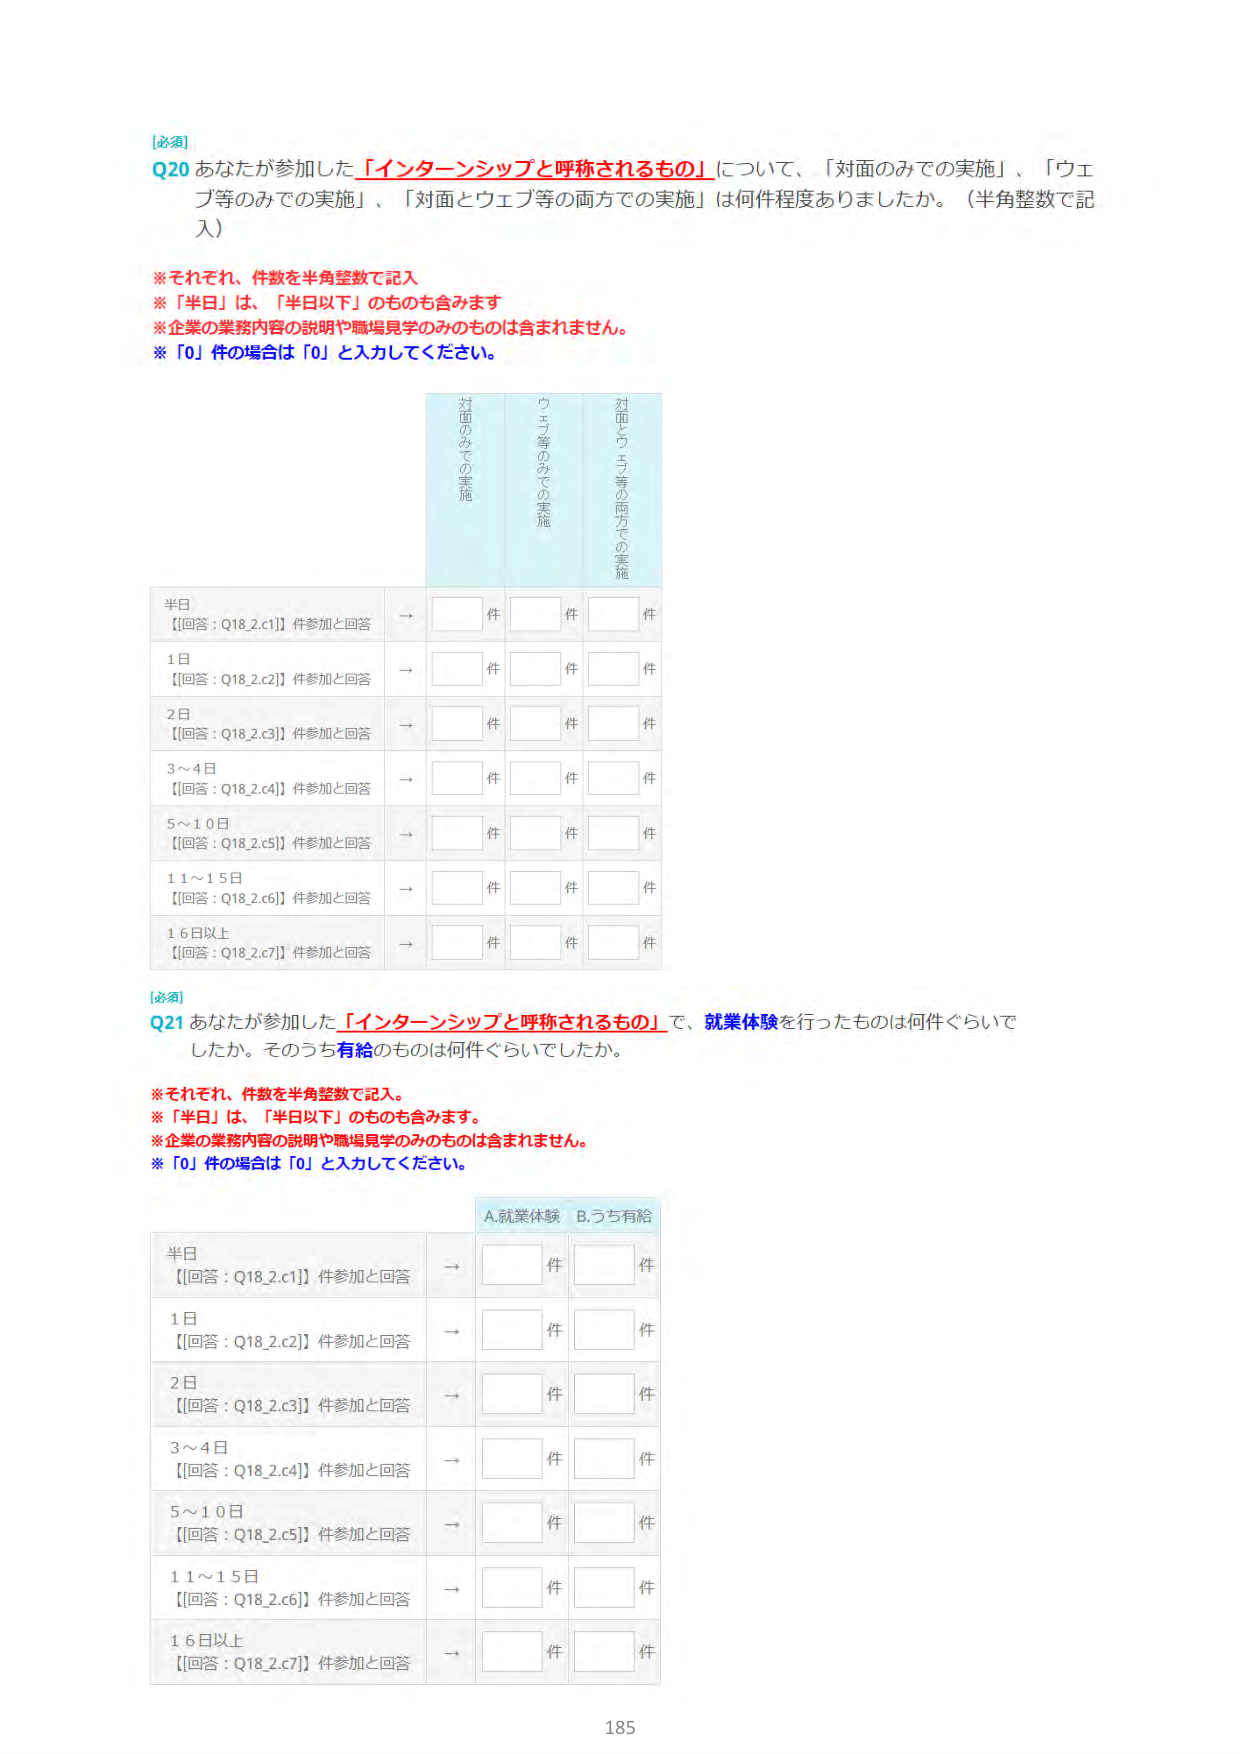
[必須]
Q20 あなたが参加した「インターンシップと呼称されるもの」について、「対面のみでの実施」、「ウェブ等のみでの実施」、「対面とウェブ等の両方での実施」は何件程度ありましたか。（半角整数で記入）

※それぞれ、件数を半角整数で記入
※「半日」は、「半日以下」のものも含みます
※企業の業務内容の説明や職場見学のみのものは含まれません。
※「0」件の場合は「0」と入力してください。

対面のみでの実施　　ウェブ等のみでの実施　　対面とウェブ等の両方での実施

半日
【回答：Q18_2.c1】件参加と回答　→　　件　　件　　件
1日
【回答：Q18_2.c2】件参加と回答　→　　件　　件　　件
2日
【回答：Q18_2.c3】件参加と回答　→　　件　　件　　件
3～4日
【回答：Q18_2.c4】件参加と回答　→　　件　　件　　件
5～10日
【回答：Q18_2.c5】件参加と回答　→　　件　　件　　件
11～15日
【回答：Q18_2.c6】件参加と回答　→　　件　　件　　件
16日以上
【回答：Q18_2.c7】件参加と回答　→　　件　　件　　件

[必須]
Q21 あなたが参加した「インターンシップと呼称されるもの」で、就業体験を行ったものは何件ぐらいでしたか。そのうち有給のものは何件ぐらいでしたか。

※それぞれ、件数を半角整数で記入。
※「半日」は、「半日以下」のものも含みます。
※企業の業務内容の説明や職場見学のみのものは含まれません。
※「0」件の場合は「0」と入力してください。

A.就業体験　B.うち有給

半日
【回答：Q18_2.c1】件参加と回答　→　　件　　件
1日
【回答：Q18_2.c2】件参加と回答　→　　件　　件
2日
【回答：Q18_2.c3】件参加と回答　→　　件　　件
3～4日
【回答：Q18_2.c4】件参加と回答　→　　件　　件
5～10日
【回答：Q18_2.c5】件参加と回答　→　　件　　件
11～15日
【回答：Q18_2.c6】件参加と回答　→　　件　　件
16日以上
【回答：Q18_2.c7】件参加と回答　→　　件　　件

185